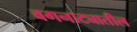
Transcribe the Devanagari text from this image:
वगनाट्यातील